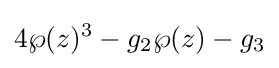
4\wp (z)^{3}-g_{2}\wp (z)-g_{3}